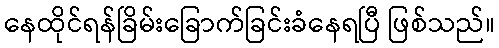
နေထိုင်ရန်ခြိမ်းခြောက်ခြင်းခံနေရပြီ ဖြစ်သည်။